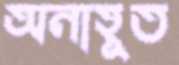
অনাহূত